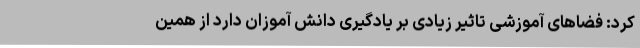
کرد: فضاهای آموزشی تاثیر زیادی بر یادگیری دانش آموزان دارد از همین